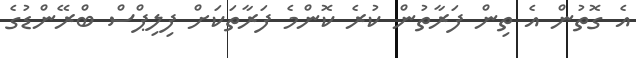
އެ ގޮތުން އެ ތިން ފަރާތުން ކުރެ ކޮންމެ ފަރާތަކަށް ފިލިޕްސް ބްރޭންޑުގެ